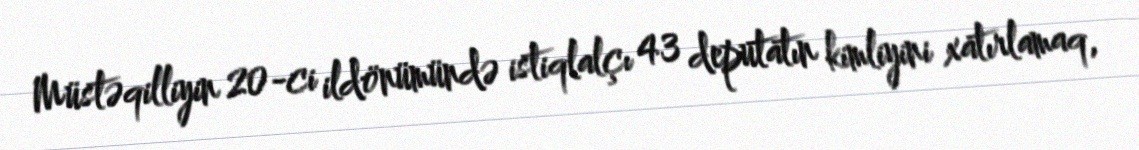
Müstəqilliyin 20-ci ildönümündə istiqlalçı 43 deputatın kimliyini xatırlamaq,